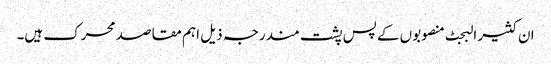
ان کثیر البجٹ منصوبوں کے پس پشت مندرجہ ذیل اہم مقاصد محرک ہیں۔